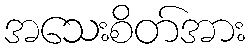
အသေးစိတ်အား